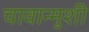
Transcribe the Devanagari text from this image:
चावान्मुशी